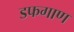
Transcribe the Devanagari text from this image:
डफगाण